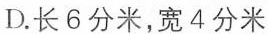
D.长6分米，宽4分米